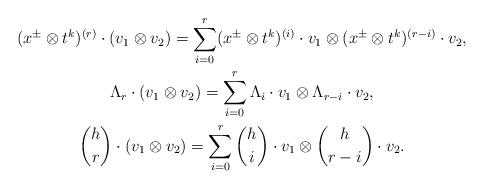
LaTeX: \begin{gather*}(x^\pm\otimes t^k)^{(r)}\cdot (v_1\otimes v_2)=\sum_{i=0}^{r}(x^\pm\otimes t^k)^{(i)}\cdot v_1\otimes (x^\pm\otimes t^k)^{(r-i)}\cdot v_2,\\\Lambda_r\cdot (v_1\otimes v_2)=\sum_{i=0}^{r}\Lambda_i\cdot v_1\otimes \Lambda_{r-i}\cdot v_2,\\\binom{h}{r}\cdot (v_1\otimes v_2)=\sum_{i=0}^{r}\binom{h}{i}\cdot v_1\otimes \binom{h}{r-i}\cdot v_2.\end{gather*}